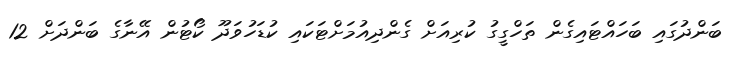
ބަންދުގައި ބަހައްޓައިގެން ތަހްގީގު ކުރިއަށް ގެންދިއުމަށްޓަކައި ކުޑަހުވަދޫ ކޯޓުން އޭނާގެ ބަންދަށް 12